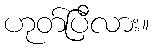
ဟုတ်ပြီလား။